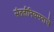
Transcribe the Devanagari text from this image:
संततीनियमनाचे